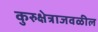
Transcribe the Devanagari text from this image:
कुरुक्षेत्राजवळील